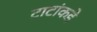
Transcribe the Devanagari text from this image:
टाटांकडे